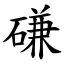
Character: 磏